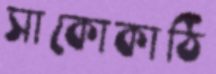
সাকোকাঠি